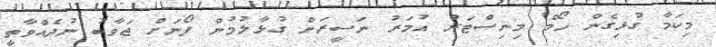
މިކަމާ ގުޅިގެން ހޯމް މިނިސްޓަރު އުމަރު ނަސީރަށް ގުޅާލުމުން ފޯނަށް ޖަވާބު ނުދެއްވާތީ